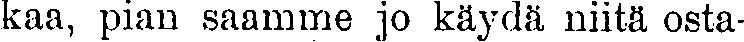
kaa, pian saamme jo käydä niitä osta-